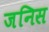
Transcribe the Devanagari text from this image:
जनिस